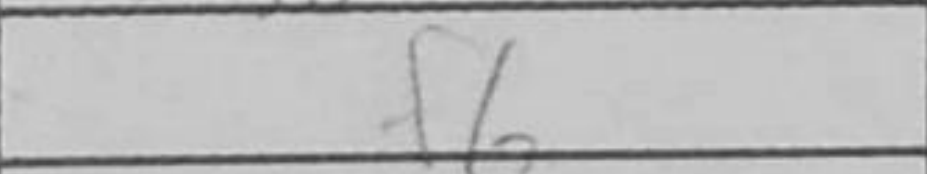
Transcription: f6